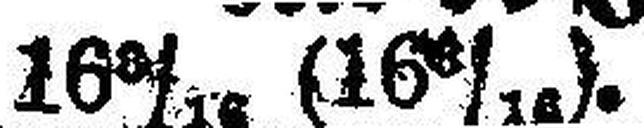
16 6/16 (16 6/16).